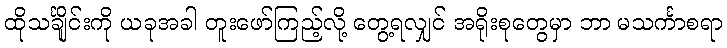
ထိုသင်္ချိုင်းကို ယခုအခါ တူးဖော်ကြည့်လို့ တွေ့ရလျှင် အရိုးစုတွေမှာ ဘာ မသင်္ကာစရာ